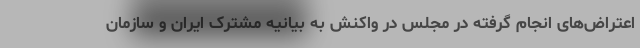
اعتراض‌های انجام گرفته در مجلس در واکنش به بیانیه مشترک ایران و سازمان